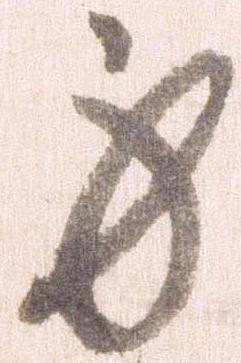
身